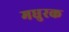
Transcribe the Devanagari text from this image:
मधुरक